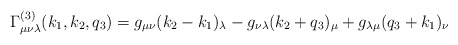
\begin{align*}\Gamma _{\mu \nu \lambda }^{(3)}(k_1,k_2,q_3)=g_{\mu \nu }(k_2-k_1)_\lambda-g_{\nu \lambda }(k_2+q_3)_\mu +g_{\lambda \mu }(q_3+k_1)_\nu\end{align*}